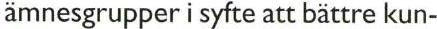
ämnesgrupper i syfte att bättre kun-